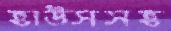
হাউসসহ